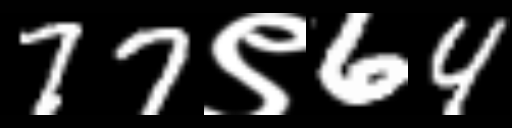
Text: 77९64